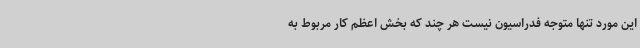
این مورد تنها متوجه فدراسیون نیست هر چند که بخش اعظم کار مربوط به